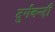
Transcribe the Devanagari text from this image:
दुर्गबन्दी